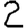
Digit: 2